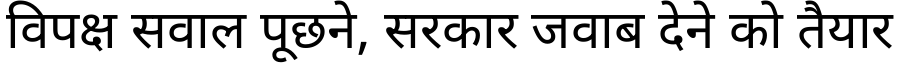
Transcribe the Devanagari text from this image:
विपक्ष सवाल पूछने, सरकार जवाब देने को तैयार